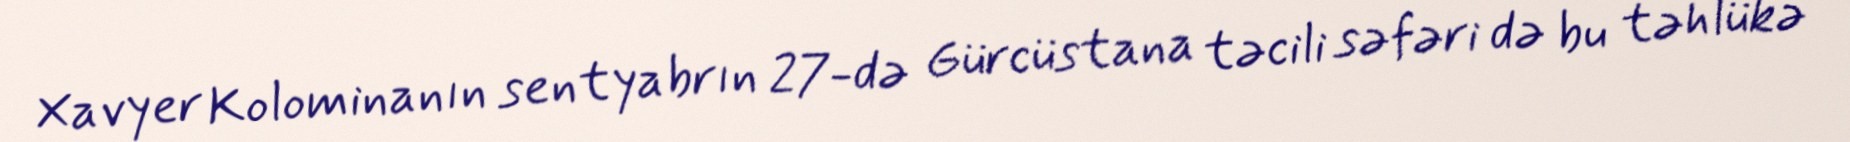
Xavyer Kolominanın sentyabrın 27-də Gürcüstana təcili səfəri də bu təhlükə